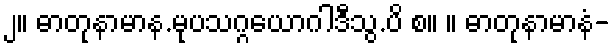
၂။ ဓာတုနာမာန.မုပသဂ္ဂယောဂါဒီသွ.ပိ စ။ ။ ဓာတုနာမာနံ-